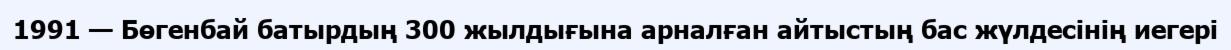
1991 — Бөгенбай батырдың 300 жылдығына арналған айтыстың бас жүлдесінің иегері